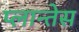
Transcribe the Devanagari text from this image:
प्लान्तेस